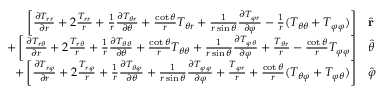
{ \begin{array} { r l } { \left[ { \frac { \partial T _ { r r } } { \partial r } } + 2 { \frac { T _ { r r } } { r } } + { \frac { 1 } { r } } { \frac { \partial T _ { \theta r } } { \partial \theta } } + { \frac { \cot \theta } { r } } T _ { \theta r } + { \frac { 1 } { r \sin \theta } } { \frac { \partial T _ { \varphi r } } { \partial \varphi } } - { \frac { 1 } { r } } ( T _ { \theta \theta } + T _ { \varphi \varphi } ) \right] } & { { \hat { \mathbf { r } } } } \\ { + \left[ { \frac { \partial T _ { r \theta } } { \partial r } } + 2 { \frac { T _ { r \theta } } { r } } + { \frac { 1 } { r } } { \frac { \partial T _ { \theta \theta } } { \partial \theta } } + { \frac { \cot \theta } { r } } T _ { \theta \theta } + { \frac { 1 } { r \sin \theta } } { \frac { \partial T _ { \varphi \theta } } { \partial \varphi } } + { \frac { T _ { \theta r } } { r } } - { \frac { \cot \theta } { r } } T _ { \varphi \varphi } \right] } & { { \hat { \boldsymbol { \theta } } } } \\ { + \left[ { \frac { \partial T _ { r \varphi } } { \partial r } } + 2 { \frac { T _ { r \varphi } } { r } } + { \frac { 1 } { r } } { \frac { \partial T _ { \theta \varphi } } { \partial \theta } } + { \frac { 1 } { r \sin \theta } } { \frac { \partial T _ { \varphi \varphi } } { \partial \varphi } } + { \frac { T _ { \varphi r } } { r } } + { \frac { \cot \theta } { r } } ( T _ { \theta \varphi } + T _ { \varphi \theta } ) \right] } & { { \hat { \boldsymbol { \varphi } } } } \end{array} }